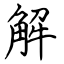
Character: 解